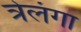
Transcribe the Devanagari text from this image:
त्रेलंगा